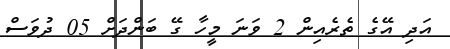
އަދި އޭގެ ތެރެއިން 2 ވަނަ މީހާ ގޭ ބަންދަށް 05 ދުވަސް